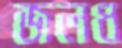
জলধ